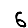
Digit: 6